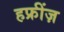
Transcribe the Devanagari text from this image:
हफ्रींज़